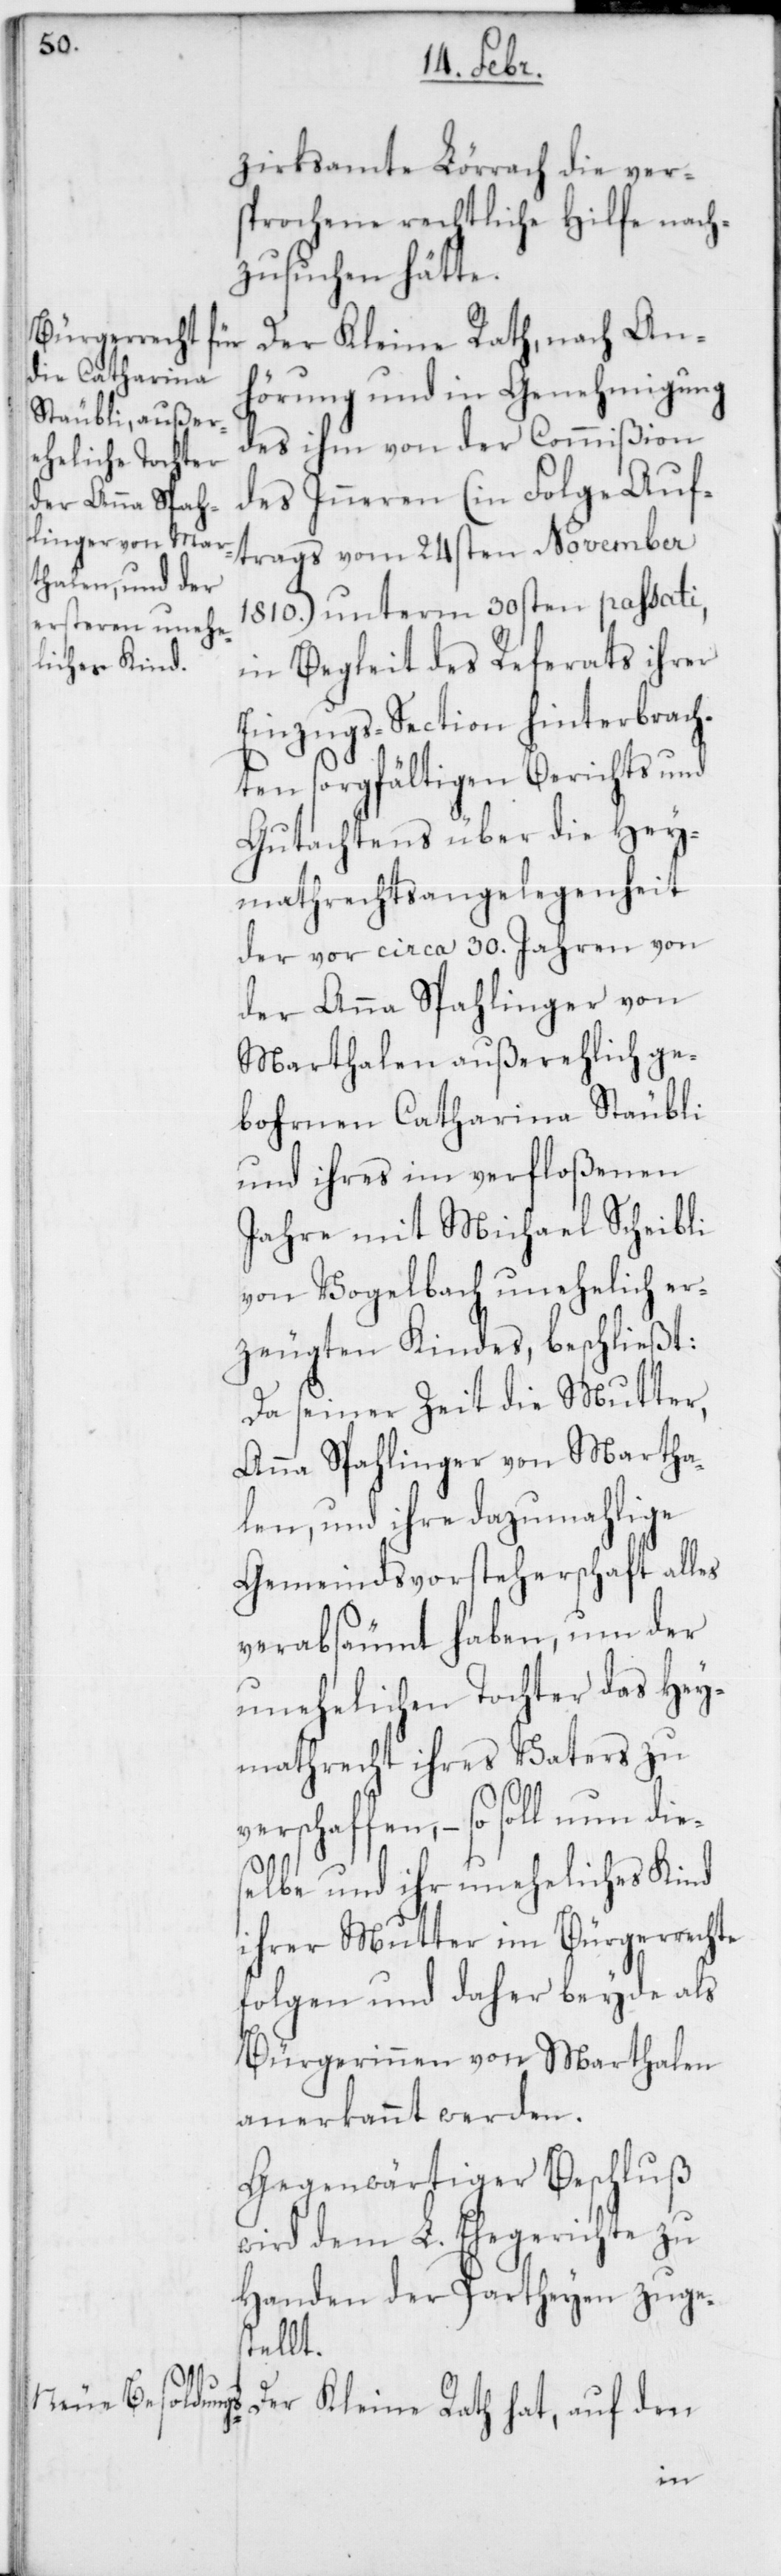
zirksamte Lörrach die ver¬
sprochene rechtliche Hilfe nach¬
zusuchen hätte.
Der Kleine Rath, nach An¬
hörung und in Genehmigung
des ihm von der Commißion
des Inneren (in Folge Auf¬
trags vom 24sten November
1810.) unterm 30sten passati,
in Begleit des Referats ihrer
Einzugs-Section hinterbrach¬
ten sorgfältigen Berichts und
Gutachtens über die Hey¬
mathrechtsangelegenheit
der vor circa 30. Jahren von
der Anna Spahlinger von
Marthalen außerehelich ge¬
bohrnen Catharina Stäubli
und ihres im verfloßenen
Jahre mit Michael Scheibli
von Vogelbach unehelich er¬
zeugten Kindes, beschließt:
Da seiner Zeit die Mutter,
Anna Spahlinger von Martha¬
len, und ihre dazumahlige
Gemeindsvorsteherschaft alles
verabsäumt haben, um der
unehelichen Tochter das Hey¬
mathrecht ihres Vaters zu
verschaffen, – so soll nun die¬
selbe und ihr uneheliches Kind
ihrer Mutter im Bürgerrechte
folgen und daher beyde als
Bürgerinnen von Marthalen
anerkannt werden.
Gegenwärtiger Beschluß
wird dem L. Ehegerichte zu
Handen der Partheyen zuges¬
tellt.
Der Kleine Rath hat, auf den